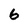
Character: 6